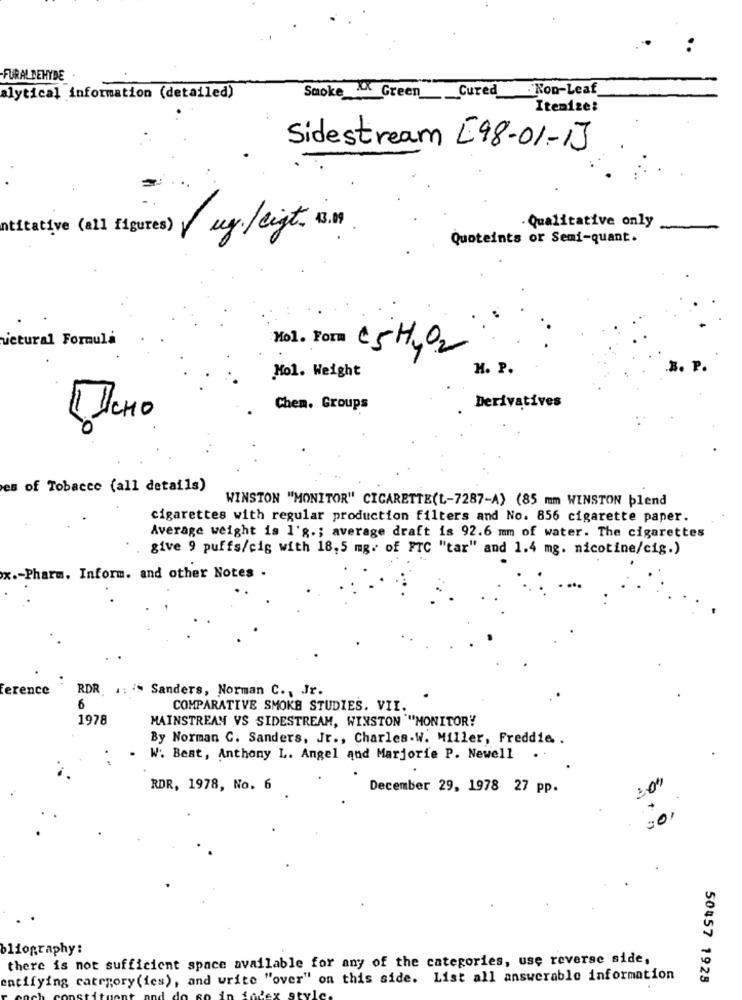
FURALDEHYDE
Smoke & Green
Cured
"Non-Leaf
alytical information (detailed)
Itemize:
Sidestream [98-01-1]
ntitative (all figures) ug/eigt 13.09
Qualitative only
Quoteints or Semi-quant.
Netural Formula
Nol. Fora C5H,O2
Mol. Weight
H. P.
Derivatives
Chen. Groups
I UCHO
es of Tobacco (all details)
WINSTON "MONITOR" CIGARETTE(L-7287-A) (85 mm WINSTON blend
cigarettes with regular production filters and No. 856 cigarette paper.
Average weight is l'g .; average draft is 92.6 mm of water. The cigarettes
give 9 puffs/cig with 18,5 mg. of FTC "tar" and 1.4 mg. nicotine/cig.)
x .- Pharm. Inform. and other Notes .
ference
RDR
i* Sanders, Norman C ., Jr.
6
COMPARATIVE SMOKE STUDIES. VII.
1978
MAINSTREAM VS SIDESTREAM, WINSTON ""MONITOR !!
By Norman C. Sanders, Jr ., Charles.W. Miller, Freddie. .
W. Best, Anthony L. Angel and Marjorie P. Newell
. .
RDR, 1978, No. 6
December 29, 1978 27 pp.
bliography:
there is not sufficient space available for any of the categories, use reverse side,
entifying category(ies), and write "over" on this side. List all answerable information
50457 1925